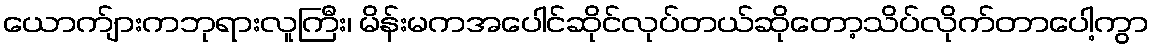
ယောက်ျားကဘုရားလူကြီး၊ မိန်းမကအပေါင်ဆိုင်လုပ်တယ်ဆိုတော့သိပ်လိုက်တာပေါ့ကွာ